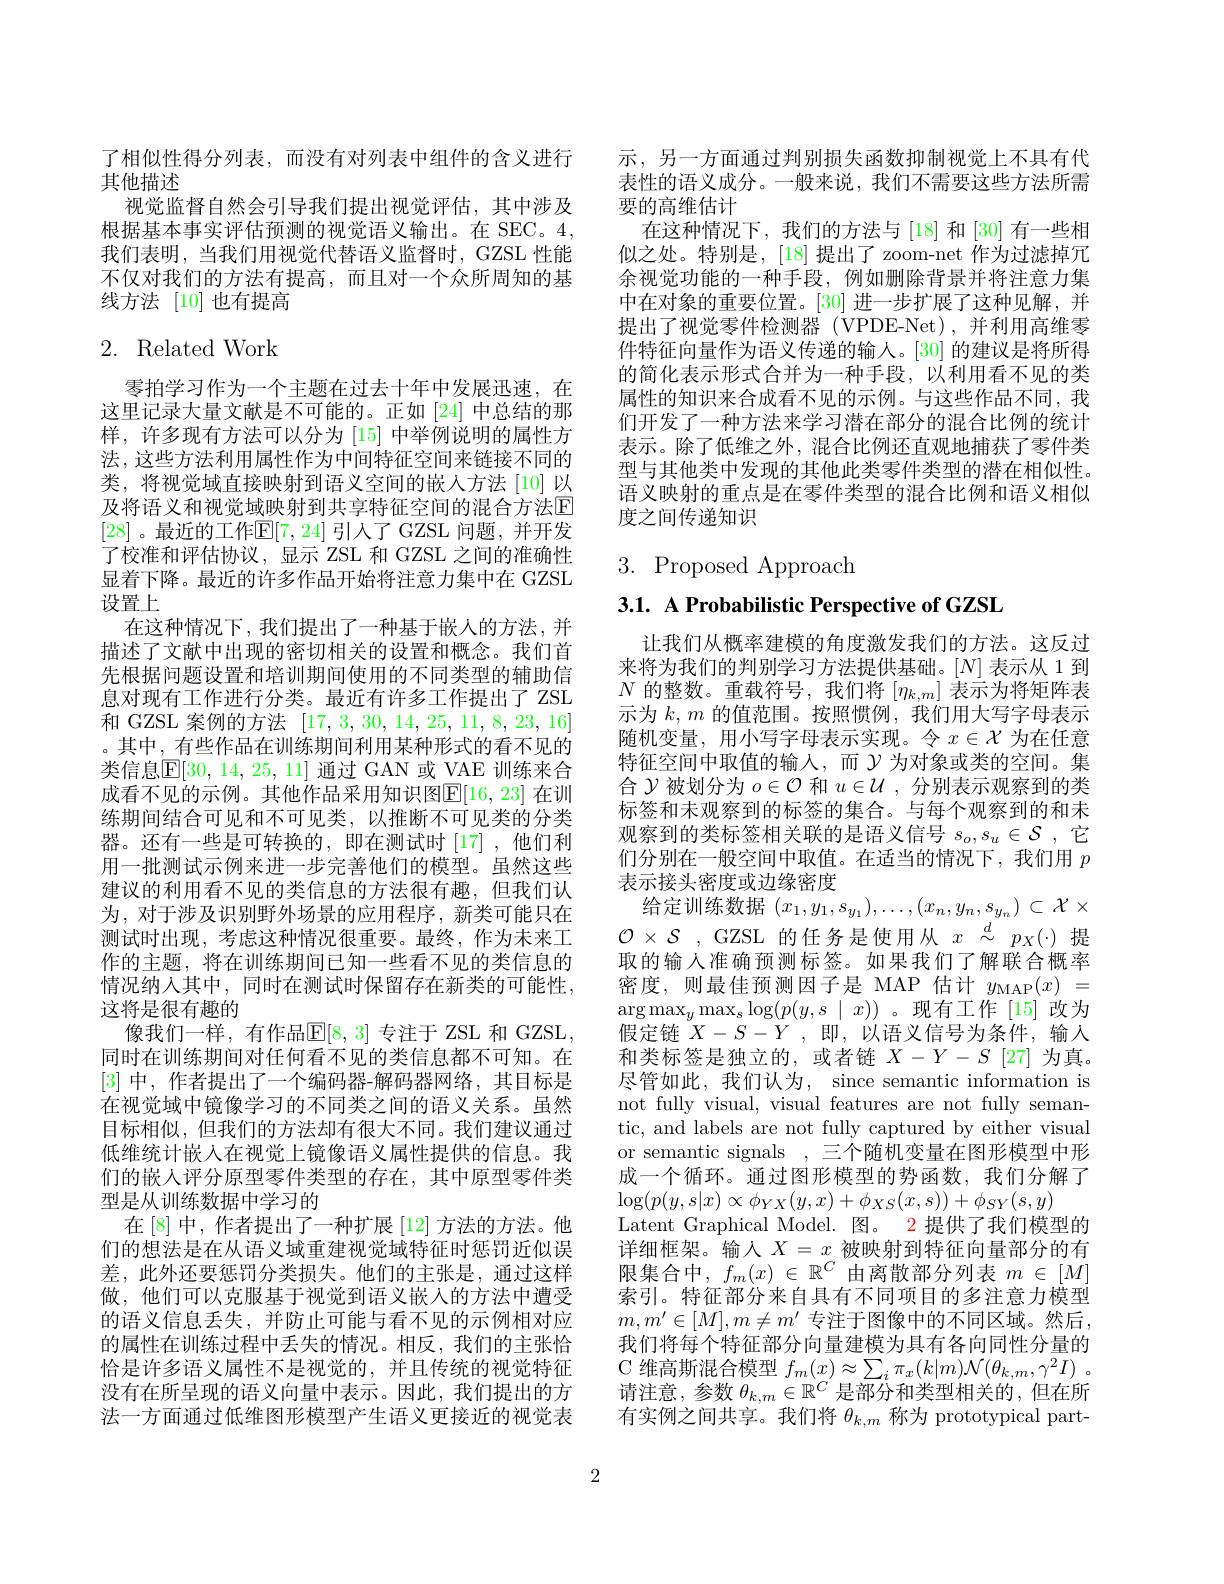
了相似性得分列表，而没有对列表中组件的含义进行
其他描述

视觉监督自然会引导我们提出视觉评估，其中涉及根据基本事实评估预测的视觉语义输出。在 SEC。4, 我们表明，当我们用视觉代替语义监督时，GZSL 性能不仅对我们的方法有提高，而且对一个众所周知的基线方法 [10] 也有提高

# 2. Related Work

零拍学习作为一个主题在过去十年中发展迅速，在这里记录大量文献是不可能的。正如[24]中总结的那样，许多现有方法可以分为[15]中举例说明的属性方法，这些方法利用属性作为中间特征空间来链接不同的类，将视觉域直接映射到语义空间的嵌人方法[10]以及将语义和视觉域映射到共享特征空间的混合方法$\mathbb{E}$ [28] 。最近的工作$\mathbb{E}[7,24]$ 引入了 GZSL 问题，并开发了校准和评估协议，显示 ZSL 和 GZSL 之间的准确性显着下降。最近的许多作品开始将注意力集中在 GZSL 设置上
在这种情况下，我们提出了一种基于嵌人的方法，并描述了文献中出现的密切相关的设置和概念。我们首先根据问题设置和培训期间使用的不同类型的辅助信息对现有工作进行分类。最近有许多工作提出了 ZSL 和 GZSL 案例的方法[17,3,30,14,25,11,8,23,16] 。其中，有些作品在训练期间利用某种形式的看不见的类信息$\mathbb{E}[30,14,25,11]$ 通过 GAN 或 VAE 训练来合成看不见的示例。其他作品采用知识图$\mathbb{E}[16,23]$ 在训练期间结合可见和不可见类，以推断不可见类的分类器。还有一些是可转换的，即在测试时[17],他们利用一批测试示例来进一步完善他们的模型。虽然这些建议的利用看不见的类信息的方法很有趣，但我们认为，对于涉及识别野外场景的应用程序，新类可能只在测试时出现，考虑这种情况很重要。最终，作为未来工作的主题，将在训练期间已知一些看不见的类信息的情况纳人其中，同时在测试时保留存在新类的可能性， 这将是很有趣的
像我们一样，有作品$\mathbb{E}[8,3]$ 专注于 ZSL 和 GZSL, 同时在训练期间对任何看不见的类信息都不可知。在[3]中，作者提出了一个编码器-解码器网络，其目标是在视觉域中镜像学习的不同类之间的语义关系。虽然目标相似，但我们的方法却有很大不同。我们建议通过低维统计嵌人在视觉上镜像语义属性提供的信息。我们的嵌人评分原型零件类型的存在，其中原型零件类型是从训练数据中学习的
在[8] 中，作者提出了一种扩展 [12] 方法的方法。他们的想法是在从语义域重建视觉域特征时惩罚近似误差，此外还要惩罚分类损失。他们的主张是，通过这样做，他们可以克服基于视觉到语义嵌入的方法中遭受的语义信息丢失，并防止可能与看不见的示例相对应的属性在训练过程中丢失的情况。相反，我们的主张恰恰是许多语义属性不是视觉的，并且传统的视觉特征没有在所呈现的语义向量中表示。因此，我们提出的方法一方面通过低维图形模型产生语义更接近的视觉表

示，另一方面通过判别损失函数抑制视觉上不具有代表性的语义成分。一般来说，我们不需要这些方法所需要的高维估计
在这种情况下，我们的方法与[18] 和[30] 有一些相似之处。特别是，[18]提出了 zoom-net 作为过滤掉冗余视觉功能的一种手段，例如删除背景并将注意力集中在对象的重要位置。[30] 进一步扩展了这种见解，并提出了视觉零件检测器(VPDE-Net),并利用高维零件特征向量作为语义传递的输入。[30]的建议是将所得的简化表示形式合并为一种手段，以利用看不见的类属性的知识来合成看不见的示例。与这些作品不同，我们开发了一种方法来学习潜在部分的混合比例的统计表示。除了低维之外，混合比例还直观地捕获了零件类型与其他类中发现的其他此类零件类型的潜在相似性。语义映射的重点是在零件类型的混合比例和语义相似度之间传递知识

$3.{\mathrm{Proposed~Approach}}$

3.1. A Probabilistic Perspective of GZSL

让我们从概率建模的角度激发我们的方法。这反过来将为我们的判别学习方法提供基础。$[N]$表示从 1 到$N$的整数。重载符号，我们将$[\eta_k,m]$表示为将矩阵表示为$k,m$的值范围。按照惯例，我们用大写字母表示随机变量，用小写字母表示实现。令$x\in\mathcal{X}$为在任意特征空间中取值的输入，而$\gamma$ 为对象或类的空间。集合$\mathcal{Y}$被划分为$o\in\mathcal{O}$和$u\in\mathcal{U}$,分别表示观察到的类标签和未观察到的标签的集合。与每个观察到的和末观察到的类标签相关联的是语义信号$s_o,s_u\in\mathcal{S}$ ,它们分别在一般空间中取值。在适当的情况下，我们用$p$ 表示接头密度或边缘密度
给定训练数据$(x_1,y_1,s_{y_1}),\ldots,(x_n,y_n,s_{y_n})\subset\mathcal{X}\times$ $\mathcal{O} \times \mathcal{S}$ , GZSL 的任务是使用从$x\stackrel d{\sim}p_X(\cdot)$ 提取的输入准确预测标签。如果我们了解联合概率密度，则最佳预测因子是 MAP 估计$y_\mathrm{MAP}(x)=$ $\arg\max_y\max_s\log(p(y,s\mid x))$ 。现有工作[15]改为假定链$X-S-Y$,即，以语义信号为条件，输入和类标签是独立的，或者链$X-Y-S$[27]为真。尽管如此，我们认为，since semantic information is not fully visual, visual features are not fully semantic, and labels are not fully captured by either visual or semantic signals ,三个随机变量在图形模型中形成一个循环。通过图形模型的势函数，我们分解了$\log(p(y,s|x)\propto\phi_{YX}(y,x)+\phi_{XS}(x,s))+\phi_{SY}(s,y)$
Latent Graphical Model. 图。2 提供了我们模型的详细框架。输入$X=x$被映射到特征向量部分的有限集合中，$f_m(x)\in\mathbb{R}^C$由离散部分列表$m\in[M]$ 索引。特征部分来自具有不同项目的多注意力模型$m,m^{\prime}\in[M],m\neq m^{\prime}$ 专注于图像中的不同区域。然后， 我们将每个特征部分向量建模为具有各向同性分量的C 维高斯混合模型$f_m( x) \approx \sum _i\pi _x( k| m) \mathcal{N} ( \theta _{k, m}, \gamma ^2I)$ 。请注意，参数$\theta_k,m\in\mathbb{R}^C$是部分和类型相关的，但在所有实例之间共享。我们将$\theta_k,m$称为 prototypical part-

2